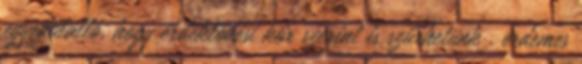
egyedülálló, hogy érdeklődési kör szerint is szűrhetünk . érdemes